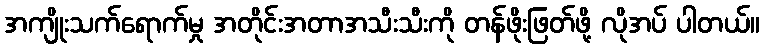
အကျိုးသက်ရောက်မှု အတိုင်းအတာအသီးသီးကို တန်ဖိုးဖြတ်ဖို့ လိုအပ် ပါတယ်။